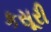
કસૂરી